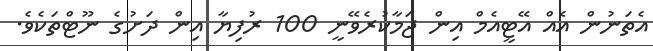
އެތަނުން އެއް އޭޓީއެމް އިން ޖަމާކުރެވޭނީ 100 ރުފިޔާ އިން ދަށުގެ ނޫޓްތަކެވެ.